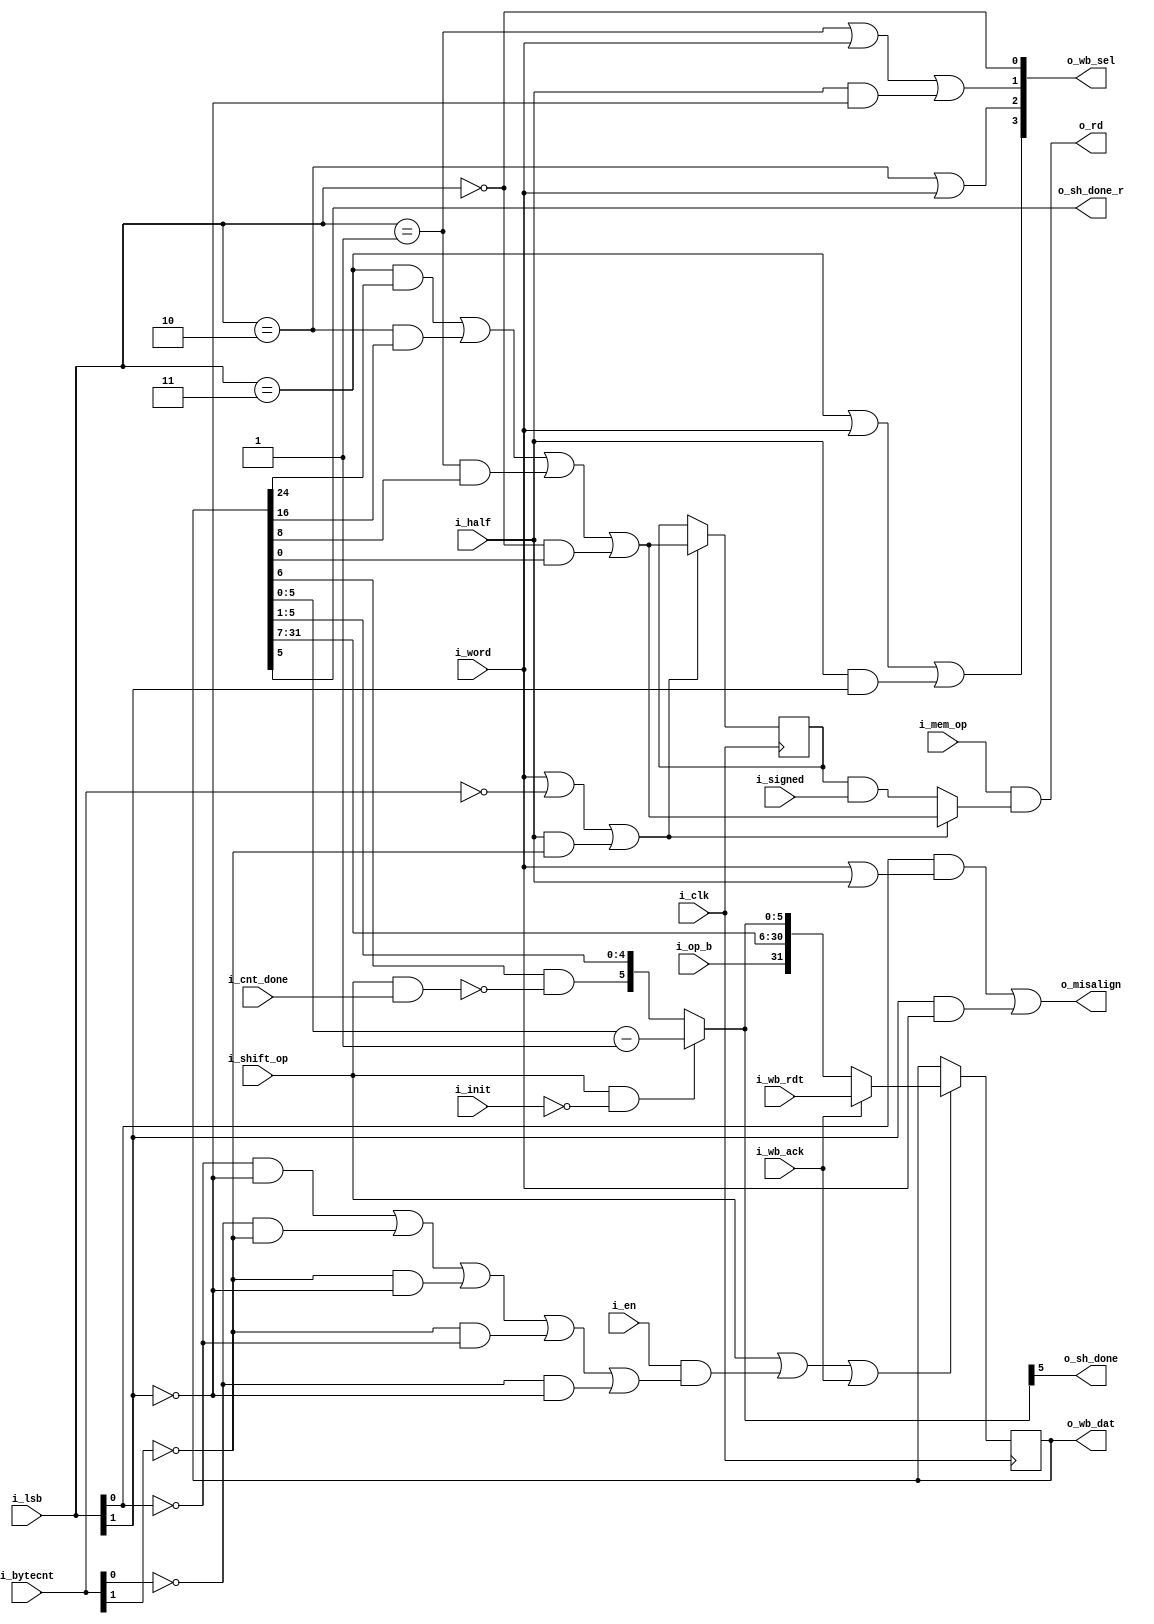
`default_nettype none
module serv_mem_if
  #(parameter WITH_CSR = 1)
  (
   input wire 	      i_clk,
   //State
   input wire 	      i_en,
   input wire 	      i_init,
   input wire 	      i_cnt_done,
   input wire [1:0]   i_bytecnt,
   input wire [1:0]   i_lsb,
   output wire 	      o_misalign,
   output wire 	      o_sh_done,
   output wire 	      o_sh_done_r,
   //Control
   input wire 	      i_mem_op,
   input wire 	      i_shift_op,
   input wire 	      i_signed,
   input wire 	      i_word,
   input wire 	      i_half,
   //Data
   input wire 	      i_op_b,
   output wire 	      o_rd,
   //External interface
   output wire [31:0] o_wb_dat,
   output wire [3:0]  o_wb_sel,
   input wire [31:0]  i_wb_rdt,
   input wire 	      i_wb_ack);

   reg           signbit;
   reg [31:0] 	 dat;

   /*
    Before a store operation, the data to be written needs to be shifted into
    place. Depending on the address alignment, we need to shift different
    amounts. One formula for calculating this is to say that we shift when
    i_lsb + i_bytecnt < 4. Unfortunately, the synthesis tools don't seem to be
    clever enough so the hideous expression below is used to achieve the same
    thing in a more optimal way.
    */
   wire 	 byte_valid =
		 (!i_lsb[0] & !i_lsb[1])         |
		 (!i_bytecnt[0] & !i_bytecnt[1]) |
		 (!i_bytecnt[1] & !i_lsb[1])     |
		 (!i_bytecnt[1] & !i_lsb[0])     |
		 (!i_bytecnt[0] & !i_lsb[1]);

   wire 	 dat_en = i_shift_op | (i_en & byte_valid);

   wire 	 dat_cur =
		 ((i_lsb == 2'd3) & dat[24]) |
		 ((i_lsb == 2'd2) & dat[16]) |
		 ((i_lsb == 2'd1) & dat[8]) |
		 ((i_lsb == 2'd0) & dat[0]);

   wire dat_valid =
	i_word |
	(i_bytecnt == 2'b00) |
	(i_half & !i_bytecnt[1]);

   assign o_rd = i_mem_op & (dat_valid ? dat_cur : signbit & i_signed);

   assign o_wb_sel[3] = (i_lsb == 2'b11) | i_word | (i_half & i_lsb[1]);
   assign o_wb_sel[2] = (i_lsb == 2'b10) | i_word;
   assign o_wb_sel[1] = (i_lsb == 2'b01) | i_word | (i_half & !i_lsb[1]);
   assign o_wb_sel[0] = (i_lsb == 2'b00);

   assign o_wb_dat = dat;

   /* The dat register has three different use cases for store, load and
    shift operations.
    store : Data to be written is shifted to the correct position in dat during
            init by dat_en and is presented on the data bus as o_wb_dat
    load  : Data from the bus gets latched into dat during i_wb_ack and is then
            shifted out at the appropriate time to end up in the correct
            position in rd
    shift : Data is shifted in during init. After that, the six LSB are used as
            a downcounter (with bit 5 initially set to 0) that triggers
            o_sh_done and o_sh_done_r when they wrap around to indicate that
            the requested number of shifts have been performed
    */
   wire [5:0] dat_shamt = (i_shift_op & !i_init) ?
	      //Down counter mode
	      dat[5:0]-1 :
	      //Shift reg mode with optional clearing of bit 5
	      {dat[6] & !(i_shift_op & i_cnt_done),dat[5:1]};

   assign o_sh_done = dat_shamt[5];
   assign o_sh_done_r = dat[5];

   always @(posedge i_clk) begin
      if (dat_en | i_wb_ack)
	dat <= i_wb_ack ? i_wb_rdt : {i_op_b, dat[31:7], dat_shamt};

      if (dat_valid)
        signbit <= dat_cur;
   end

   /*
    mem_misalign is checked after the init stage to decide whether to do a data
    bus transaction or go to the trap state. It is only guaranteed to be correct
    at this time
    */
   assign o_misalign = WITH_CSR & ((i_lsb[0] & (i_word | i_half)) | (i_lsb[1] & i_word));

endmodule